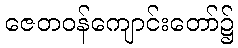
ဇေတဝန်ကျောင်းတော်၌